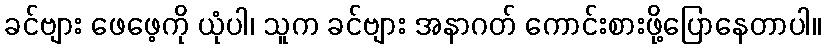
ခင်ဗျား ဖေဖေ့ကို ယုံပါ၊ သူက ခင်ဗျား အနာဂတ် ကောင်းစားဖို့ပြောနေတာပါ။